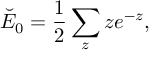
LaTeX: \breve { E } _ { 0 } = \frac 1 2 \sum _ { z } z e ^ { - z } ,